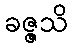
ခဇ္ဇသိ